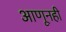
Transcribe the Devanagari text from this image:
आणूनही